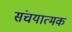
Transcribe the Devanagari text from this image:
संचयात्मक